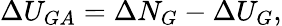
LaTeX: \Delta U_{GA}=\Delta N_{G}-\Delta U_{G},